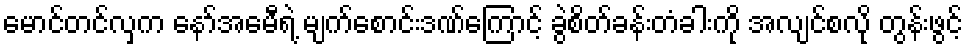
မောင်တင်လှက နော်အေမီရဲ့ မျက်စောင်းဒဏ်ကြောင့် ခွဲစိတ်ခန်းတံခါးကို အလျင်စလို တွန်းဖွင့်